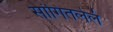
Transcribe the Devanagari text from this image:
सांगितलेलं